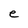
Character: e